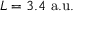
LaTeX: L = 3 . 4 ~ { \mathrm { a . u . } }